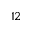
1 2